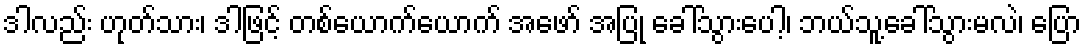
ဒါလည်း ဟုတ်သား၊ ဒါဖြင့် တစ်ယောက်ယောက် အဖော် အပြု ခေါ်သွားပေါ့၊ ဘယ်သူ့ခေါ်သွားမလဲ၊ ပြော